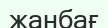
жанбағ